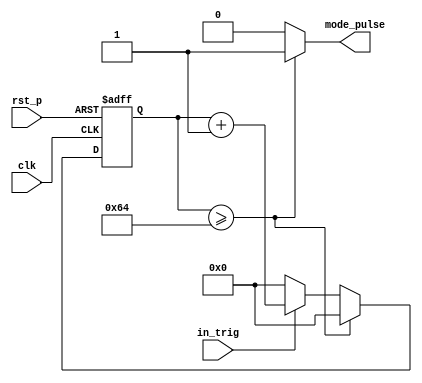
`timescale 1ns / 1ps
//////////////////////////////////////////////////////////////////////////////////
// Company: 
// Engineer: 
// 
// Design Name: 
// Module Name: mode_counter
// Project Name: 
// Target Devices: 
// Tool Versions: 
// Description: 
// 
// Dependencies: 
// 
// Revision:
// Revision 0.01 - File Created
// Additional Comments:
// 
//////////////////////////////////////////////////////////////////////////////////


module mode_counter(
    input in_trig,
    input clk,
    input rst_p,
    output reg mode_pulse
    );
    reg [6:0]mode_counter;
    reg [6:0]mode_counter_temp;
    
always @*
    if (mode_counter >= 7'd100) begin
        mode_counter_temp <= 7'b0;
        mode_pulse <= 1'b1;
    end
    else if (in_trig) begin 
        mode_counter_temp <= mode_counter + 7'd1;
        mode_pulse <= 1'b0;
    end
    else begin 
        mode_counter_temp <= 7'b0;
        mode_pulse <= 1'b0;
    end
        
always @(posedge clk or posedge rst_p)
    if (rst_p)  mode_counter <= 7'b0; 
    else mode_counter <= mode_counter_temp;
        
endmodule